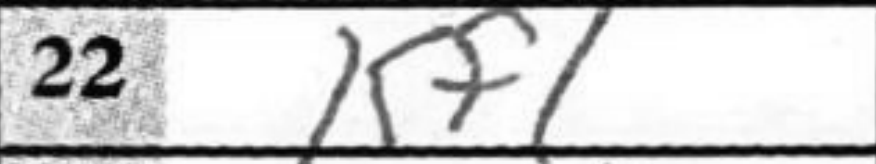
Transcription: Kf1